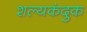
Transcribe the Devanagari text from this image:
शल्यकंदुक